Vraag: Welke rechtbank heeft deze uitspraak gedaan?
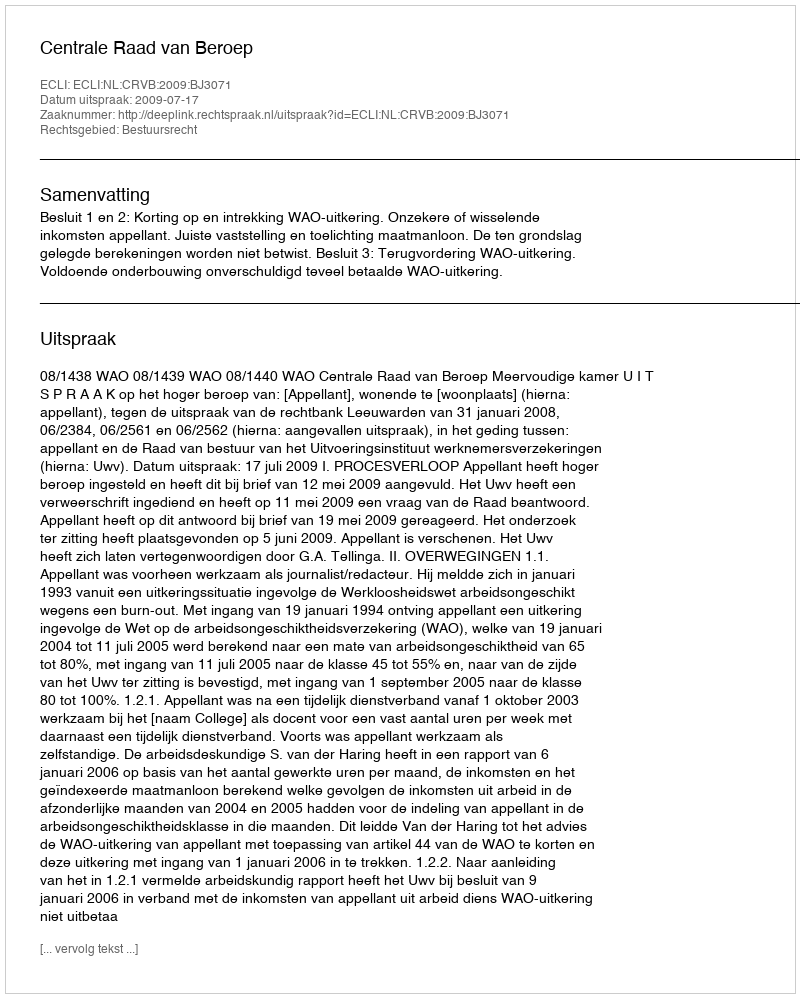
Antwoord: Centrale Raad van Beroep